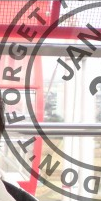
DON'T FORGET